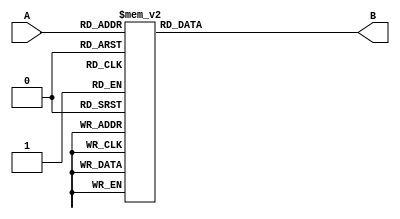
module instruction_memory(A, B);
   input [3:0] A; // address signal
   output [7:0] B; // output instruction data
   reg [7:0] B;
//   reg [7:0] 	im [0:15]; // instruction memory 8bit 16 instruction

   always @ (A) begin
      case (A)
	4'b0000: B = 8'b00000110; // 00 REG[10] = REG[00] + REG[01]
	4'b0001: B = 8'b01111000; // 01 REG[00] = REG[11] - REG[10]
	4'b0010: B = 8'b11001111; // 11 if(REG[00]==0)PC[t+1] = IM[1111]
	4'b0011: B = 8'b00000000;
	4'b0100: B = 8'b00000000;
	4'b0101: B = 8'b00000000;
	4'b0110: B = 8'b00000000;
	4'b0111: B = 8'b00000000;
	4'b1000: B = 8'b00000000;
	4'b1001: B = 8'b00000000;
	4'b1010: B = 8'b00000000;
	4'b1011: B = 8'b00000000;
	4'b1100: B = 8'b00000000;
	4'b1101: B = 8'b00000000;
	4'b1110: B = 8'b00000000;
	4'b1111: B = 8'b00000000;
      endcase // case (A)
   end
   
endmodule // instruction_memory